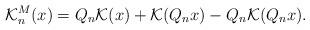
LaTeX: \begin{align*}\mathcal{K}_n^M (x) = Q_n \mathcal{K} (x) + \mathcal{K} (Q_n x) - Q_n \mathcal{K} (Q_n x).\end{align*}